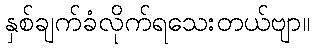
နှစ်ချက်ခံလိုက်ရသေးတယ်ဗျာ။